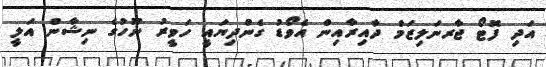
އަދި ފޮޓޯ ޖާރނަލިޒަމް ދާއިރާއިން އެވޯޑު ގެންދިޔައީ ހަވީރު ނޫހުގެ ނިޝާން އަލީ